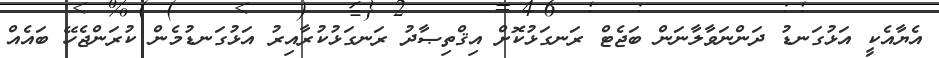
އެޔާއެކީ އަޅުގަނޑު ދަންނަވާލާނަން ބަޖެޓް ރަނގަޅުކޮށް އިޤްތިޞާދު ރަނގަޅުކުރާއިރު އަޅުގަނޑުމެން ކުރަންޖެހޭ ބައެއް